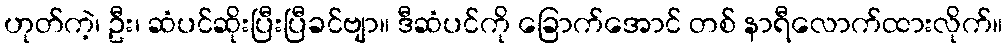
ဟုတ်ကဲ့၊ ဦး၊ ဆံပင်ဆိုးပြီးပြီခင်ဗျာ။ ဒီဆံပင်ကို ခြောက်အောင် တစ် နာရီလောက်ထားလိုက်။